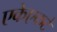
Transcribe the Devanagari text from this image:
एकेएकटे